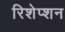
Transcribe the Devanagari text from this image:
रिशेप्शन